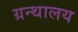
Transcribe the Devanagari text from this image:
ग्रन्‍थालय